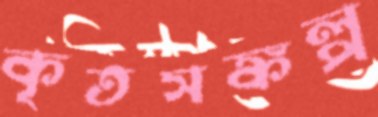
কৃতসঙ্কল্প